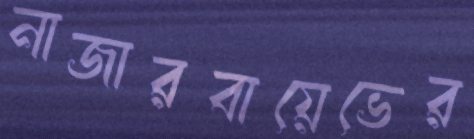
নাজারবায়েভের